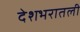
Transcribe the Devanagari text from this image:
देशभरातली